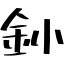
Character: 釥